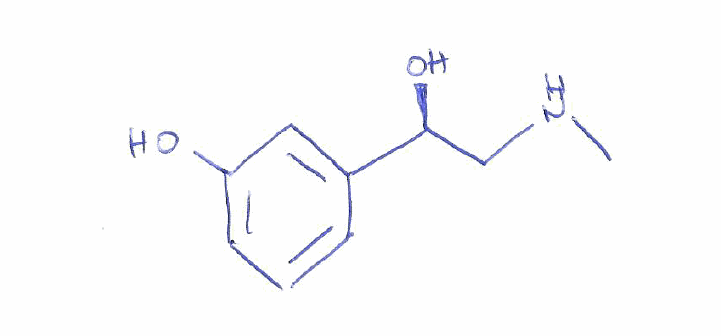
Simplified molecular-input line-entry system (SMILES) notation of the given molecule:
CNC[C@@H](C1=CC(=CC=C1)O)O